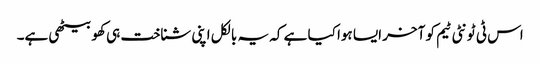
اس ٹی ٹونٹی ٹیم کو آخر ایسا ہوا کیا ہے کہ یہ بالکل اپنی شناخت ہی کھو بیٹھی ہے۔